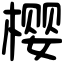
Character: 樱